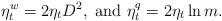
LaTeX: \begin{align*}\eta_t^w =2 \eta_t D^2, \textrm{ and } \eta_t^q = 2 \eta_t \ln m .\end{align*}